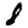
Digit: 8